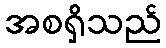
အစရှိသည်